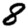
Digit: 8